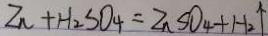
Z n + H _ { 2 } S O _ { 4 } = Z n S O _ { 4 } + H _ { 2 } \uparrow